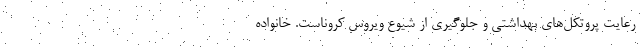
رعایت پروتکل‌های بهداشتی و جلوگیری از شیوع ویروس کروناست. خانواده